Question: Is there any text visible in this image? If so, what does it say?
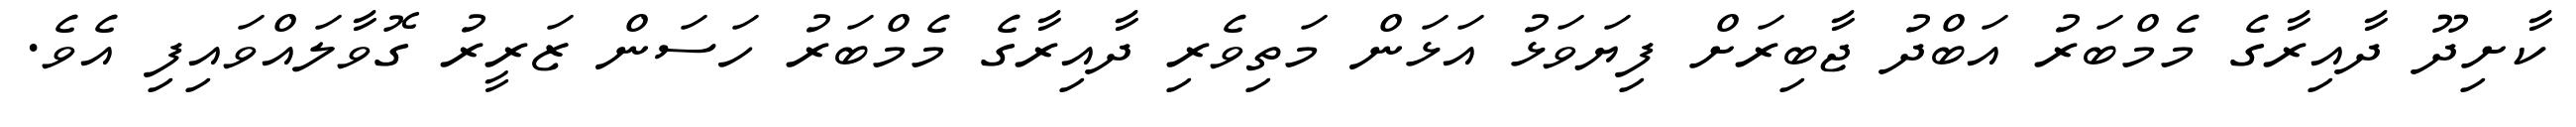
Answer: ކާށިދޫ ދާއިރާގެ މެމްބަރު އަބްދު ޖާބިރަށް ފިޔަވަޅު އަޅަން މަތިވެރި ދާއިރާގެ މެމްބަރު ހަސަން ޒަރީރު ގޮވާލައްވައިފި އެވެ.